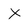
Character: X